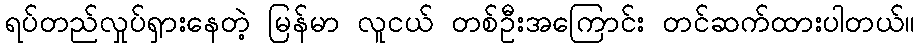
ရပ်တည်လှုပ်ရှားနေတဲ့ မြန်မာ လူငယ် တစ်ဦးအကြောင်း တင်ဆက်ထားပါတယ်။